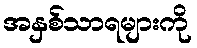
အနှစ်သာရများကို